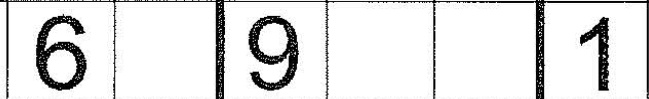
6 9 1